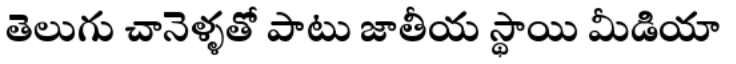
తెలుగు చానెళ్ళతో పాటు జాతీయ స్థాయి మీడియా